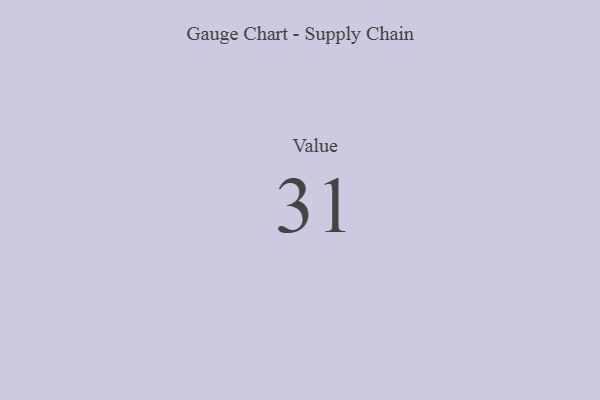
{"axis": {"x": "Metric", "y": "Value"}, "legend": [""], "data": [{"x": "Value", "y": 31, "type": ""}]}